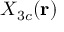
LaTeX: X _ { 3 c } ( \mathbf { r } )